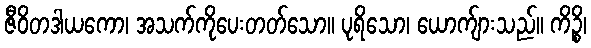
ဇီဝိတဒါယကော၊ အသက်ကိုပေးတတ်သော။ ပုရိသော၊ ယောက်ျားသည်။ ကိဉ္စိ၊